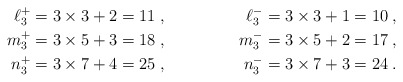
\begin{align*}\ell_3^+ &= 3 \times 3 + 2 = 11 \;, &\ell_3^- &= 3 \times 3 + 1 = 10 \;, \\m_3^+ &= 3 \times 5 + 3 = 18 \;, &m_3^- &= 3 \times 5 + 2 = 17 \;, \\n_3^+ &= 3 \times 7 + 4 = 25 \;, &n_3^- &= 3 \times 7 + 3 = 24 \;.\end{align*}